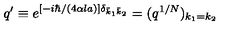
q ^ { \prime } \equiv e ^ { [ - i \hbar / ( 4 \alpha l a ) ] \delta _ { \bar { k } _ { 1 } \bar { k } _ { 2 } } } = ( q ^ { 1 / N } ) _ { k _ { 1 } = k _ { 2 } }